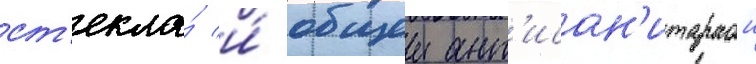
ст'екла́ и́ общеи ант'исан'итарнои